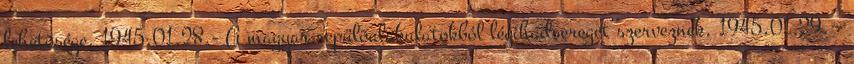
lehetõsége. 1945.01.28.- A magyar repülõalakulatokból légihadsereget szerveznek. 1945.01.29. -